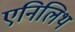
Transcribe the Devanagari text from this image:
एनिलिथ